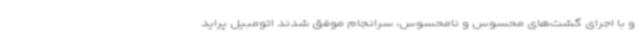
و با اجرای گشت‌های محسوس و نامحسوس، سرانجام موفق شدند اتومبیل پراید